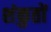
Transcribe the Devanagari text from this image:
शंकुतों